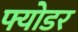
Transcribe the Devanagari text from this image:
फ्योडर